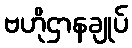
ဗဟိုဌာနချုပ်